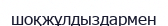
шоқжұлдыздармен